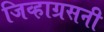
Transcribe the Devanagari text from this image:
जिव्हाग्रसनी